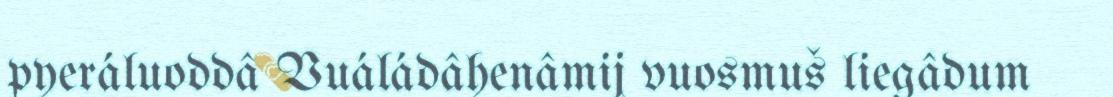
pyeráluoddâ Vuáládâhenâmij vuosmuš liegâdum